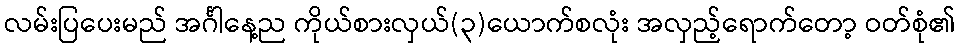
လမ်းပြပေးမည် အင်္ဂါနေ့ည ကိုယ်စားလှယ်(၃)ယောက်စလုံး အလှည့်ရောက်တော့ ဝတ်စုံ၏